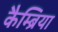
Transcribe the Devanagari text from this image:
कैम्ब्रिया